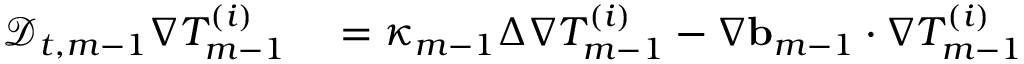
\begin{array} { r l } { \mathscr { D } _ { t , m - 1 } \nabla T _ { m - 1 } ^ { ( i ) } } & { { } = \kappa _ { m - 1 } \Delta \nabla T _ { m - 1 } ^ { ( i ) } - \nabla \ensuremath { \mathbf { b } } _ { m - 1 } \cdot \nabla T _ { m - 1 } ^ { ( i ) } } \end{array}